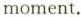
moment.